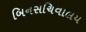
બિનસચિવાલય